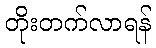
တိုးတက်လာရန်